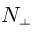
N _ { \pm }